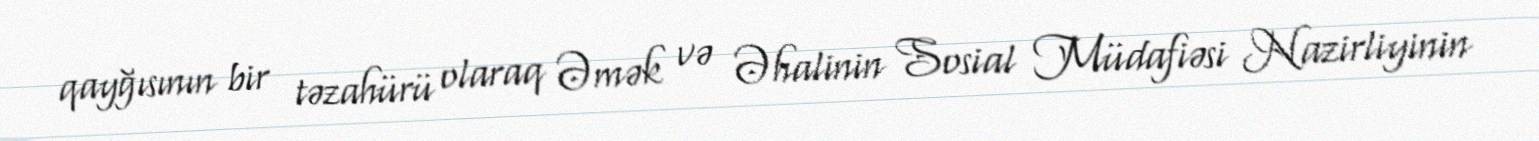
qayğısının bir təzahürü olaraq Əmək və Əhalinin Sosial Müdafiəsi Nazirliyinin